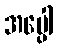
အပ္ပေါ